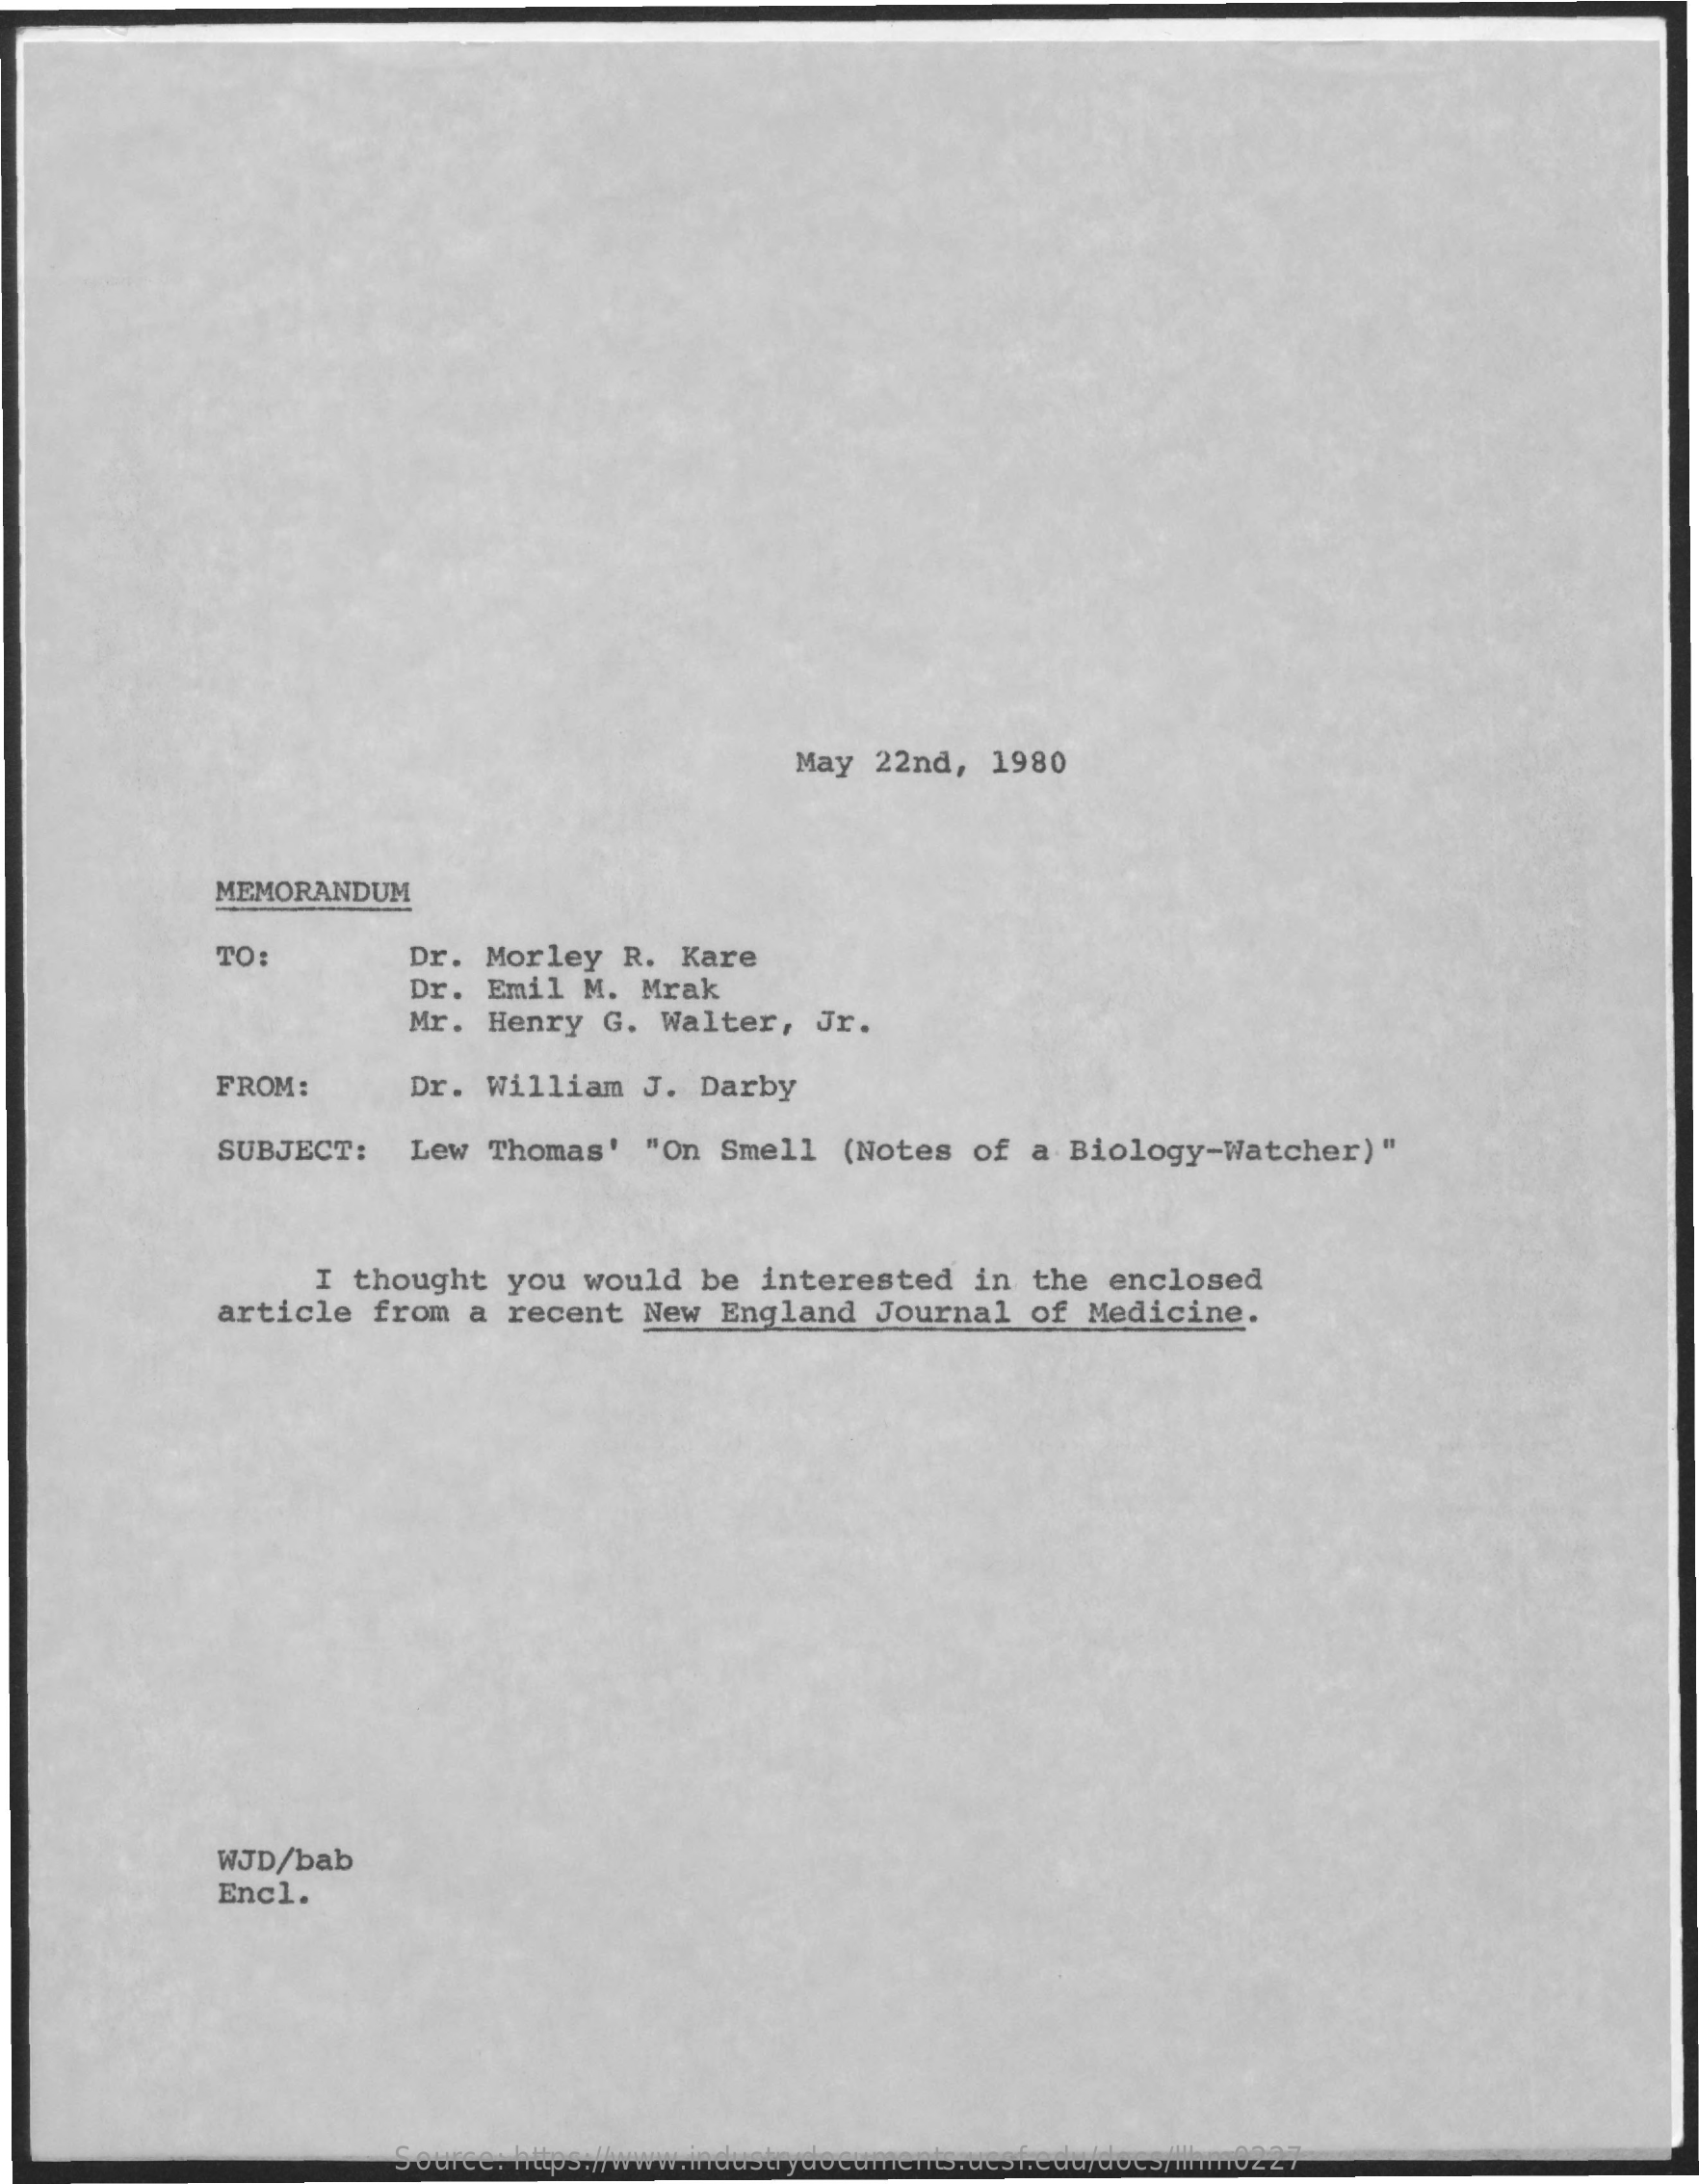
May  22nd,   1980
     MEMORANDUM
     TO:    Dr. Morley    R. Kare
     Dr.  Emil  M.  Mrak
     Mr.  Henry  G.  Walter,   Jr.
     FROM:    Dr.  William   J. Darby
     SUBJECT:    Lew  Thomas'   "On  Smell   (Notes  of  a  Biology-Watcher)"
     I thought   you  would   be  interested    in the  enclosed
     article   from   a recent   New  England   Journal   of  Medicine.
     WJD/bab
     Encl.
     Source: https://www.industrydocuments.ucsf.edu/docs/llhm0227